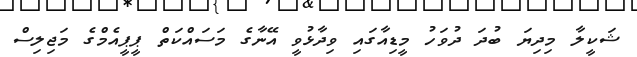
ޝަކީލާ މިދިޔަ ބުދަ ދުވަހު މީޑިއާގައި ވިދާޅުވީ އޭނާގެ މަސައްކަތް ޕީޕީއެމްގެ މަޖިލިސް